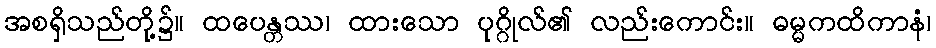
အစရှိသည်တို့၌။ ထပေန္တဿ၊ ထားသော ပုဂ္ဂိုလ်၏ လည်းကောင်း။ ဓမ္မကထိကာနံ၊